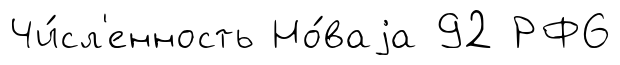
Чи́сл'енность Но́ваjа 92 РФ6